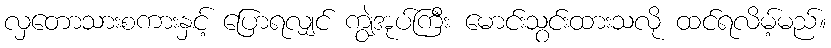
လှတောသားစကားနှင့် ပြောရလျှင် ကျွဲအုပ်ကြီး မောင်းသွင်းထားသလို ထင်ရလိမ့်မည်။